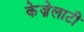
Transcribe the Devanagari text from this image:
केज़ेलाटी